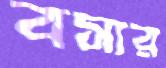
বসার